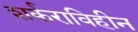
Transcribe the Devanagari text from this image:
शर्कराविहीन